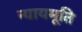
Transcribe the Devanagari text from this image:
न्यायमूति